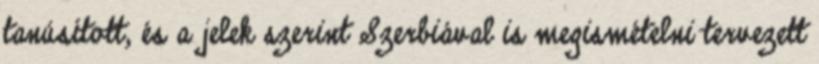
tanúsított, és a jelek szerint Szerbiával is megismételni tervezett